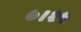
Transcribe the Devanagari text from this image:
७।२५